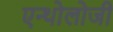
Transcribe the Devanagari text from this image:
एन्थोलोजी